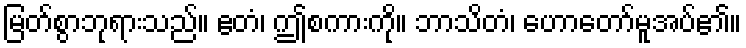
မြတ်စွာဘုရားသည်။ ဧတံ၊ ဤစကားကို။ ဘာသိတံ၊ ဟောတော်မူအပ်၏။